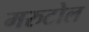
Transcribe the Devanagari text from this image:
मरुटोल